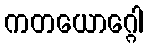
ကတယောဂ္ဂေါ